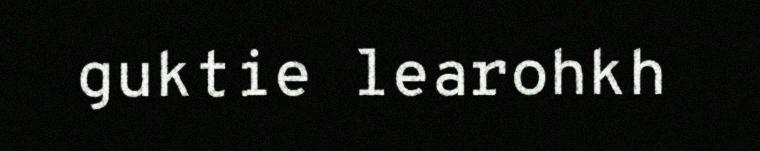
guktie learohkh